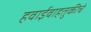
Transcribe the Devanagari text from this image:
हवाईवाहतुकीचे